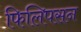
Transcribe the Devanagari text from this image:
फिलिपसन